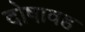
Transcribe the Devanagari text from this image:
दोषावह